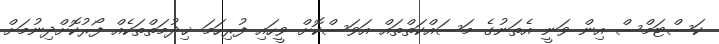
ކަސްޓަމްސް އިން ވަނީ އެތަނުގެ މަސައްކަތްތައް އަވަސްކޮށް ވީހައި ފުރިހަމަ ޚިދުމަތްތަކެއް ފޯރުކޮށްދިނުމަށް